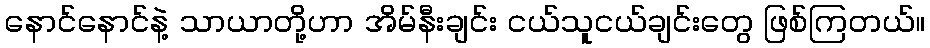
နောင်နောင်နဲ့ သာယာတို့ဟာ အိမ်နီးချင်း ငယ်သူငယ်ချင်းတွေ ဖြစ်ကြတယ်။